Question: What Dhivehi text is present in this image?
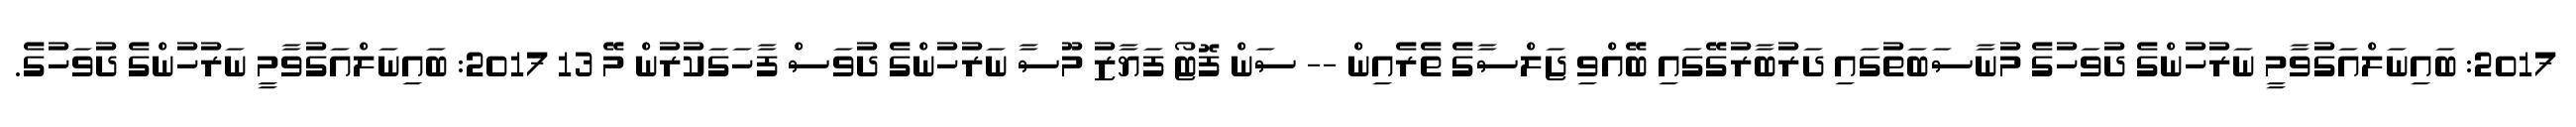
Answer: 2017: ބައިނަލްއަގުވާމީ ނަރުހުންގެ ދުވަހުގެ މުނާސަބަތުގައި ދަރުބާރުގޭގައި ބޭއްވި ޖަލްސާގެ ތެރެއިން -- ސަން ފޮޓޯ ފަޔާޒު މޫސާ ނަރުހުންގެ ދުވަސް ފާހަގަކުރުން މޭ 13 2017: ބައިނަލްއަގުވާމީ ނަރުހުންގެ ދުވަހުގެ.